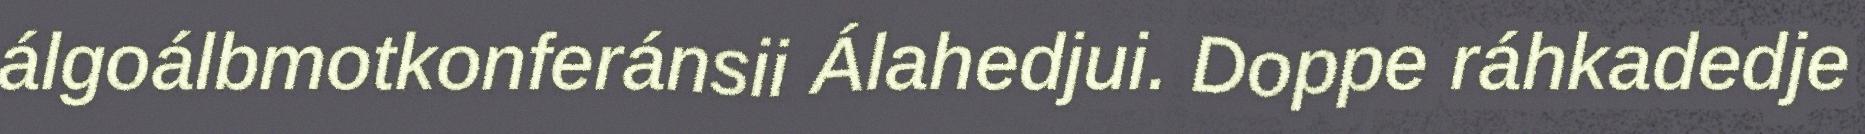
álgoálbmotkonferánsii Álahedjui. Doppe ráhkadedje